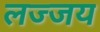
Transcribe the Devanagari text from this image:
लज्जय